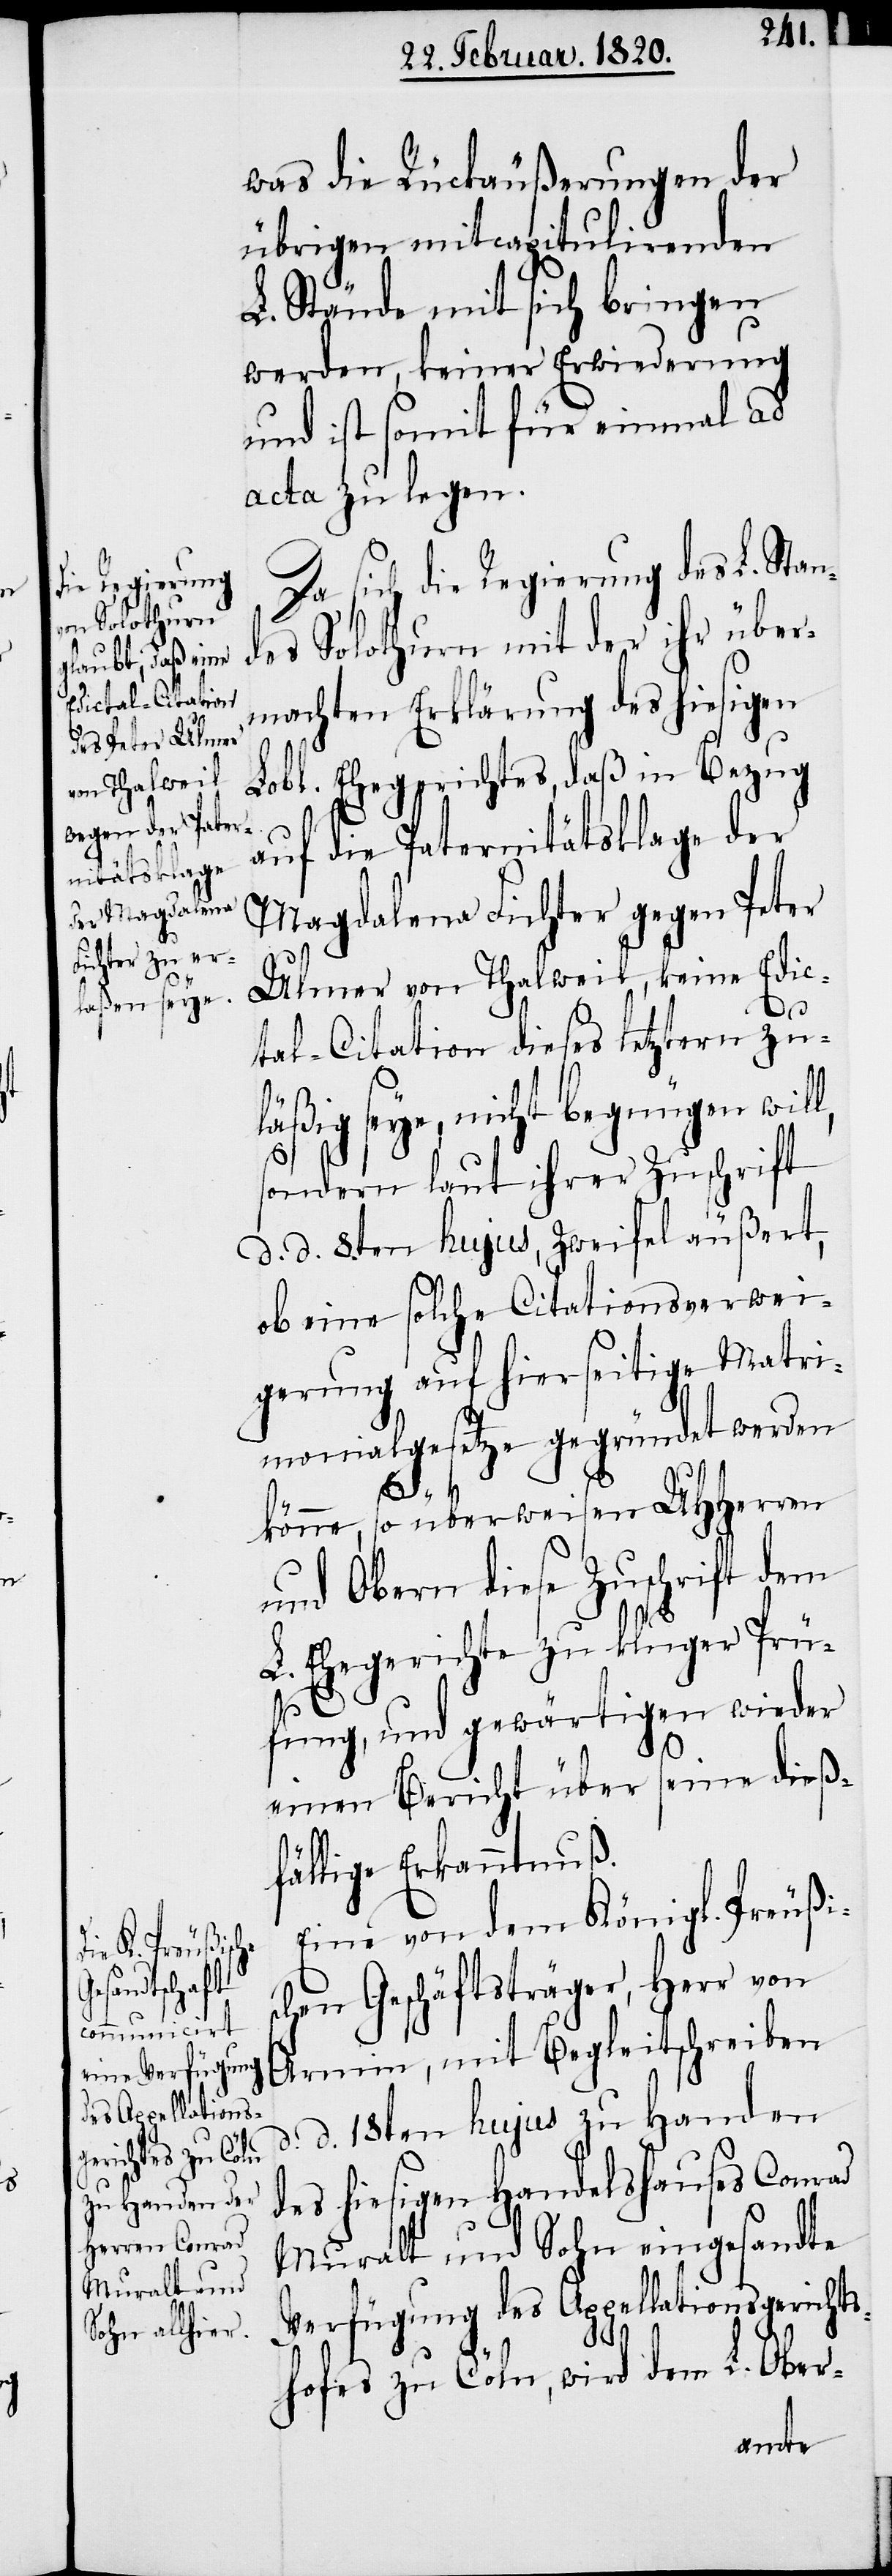
l,

was die Rückäußerungen der
übrigen mit capitulirenden
L. Stände mit sich bringen
werden, keiner Erwiederung
und ist somit für einmal ad
acta zu legen.
Da sich die Regierung des L. Stan¬
des Solothurn mit der ihr über¬
machten Erklärung des hiesigen
Lobl. Ehegerichtes, daß in Bezug
auf die Paternitätsklage der
Magdalena Fichter gegen Peter
Ulmer von Thalweil, keine Edic¬
tal-Citation dieses letztern zu¬
seye, nicht begnügen wil¬
sondern laut ihrer Zuschrift
d d 8.ten hujus, Zweifel äußert,
ob eine solche Citationsverwei¬
gerung auf hierseitige Matri¬
monialgesetze gegründet werden
könne, so überweisen UHHerren
und Obern diese Zuschrift dem
L. Ehegerichte zu kluger Prü¬
fung, und gewärtigen wieder
läßig
einen Bericht über seine dieß¬
fällige Erkanntnuß.
Eine von dem Königl. Preußis¬
chen Geschäftsträger, Herr von
Armin, mit Begleitschreiben
d. d. 18ten hujus zu Handen
des hiesigen Handelshauses Conrad
Muralt und Sohn eingesandte
Verfügung des Appellationsgerichts¬
hofes zu Cöln, wird dem L. Ober-